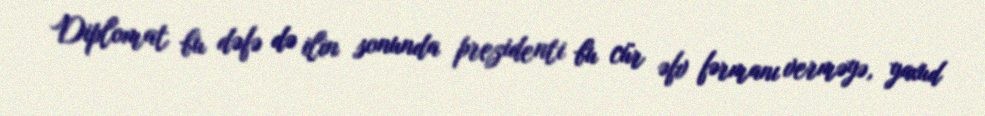
Diplomat bu dəfə də ilin sonunda prezidenti bu cür əfv fərmanı verməyə, yaxud